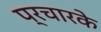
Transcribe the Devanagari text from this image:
प्रचारके